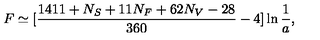
F \simeq \mathrm { \large [ } { \frac { 1 4 1 1 + N _ { S } + 1 1 N _ { F } + 6 2 N _ { V } - 2 8 } { 3 6 0 } } - 4 \mathrm { \large ] } \ln { { \frac { 1 } { a } } } ,